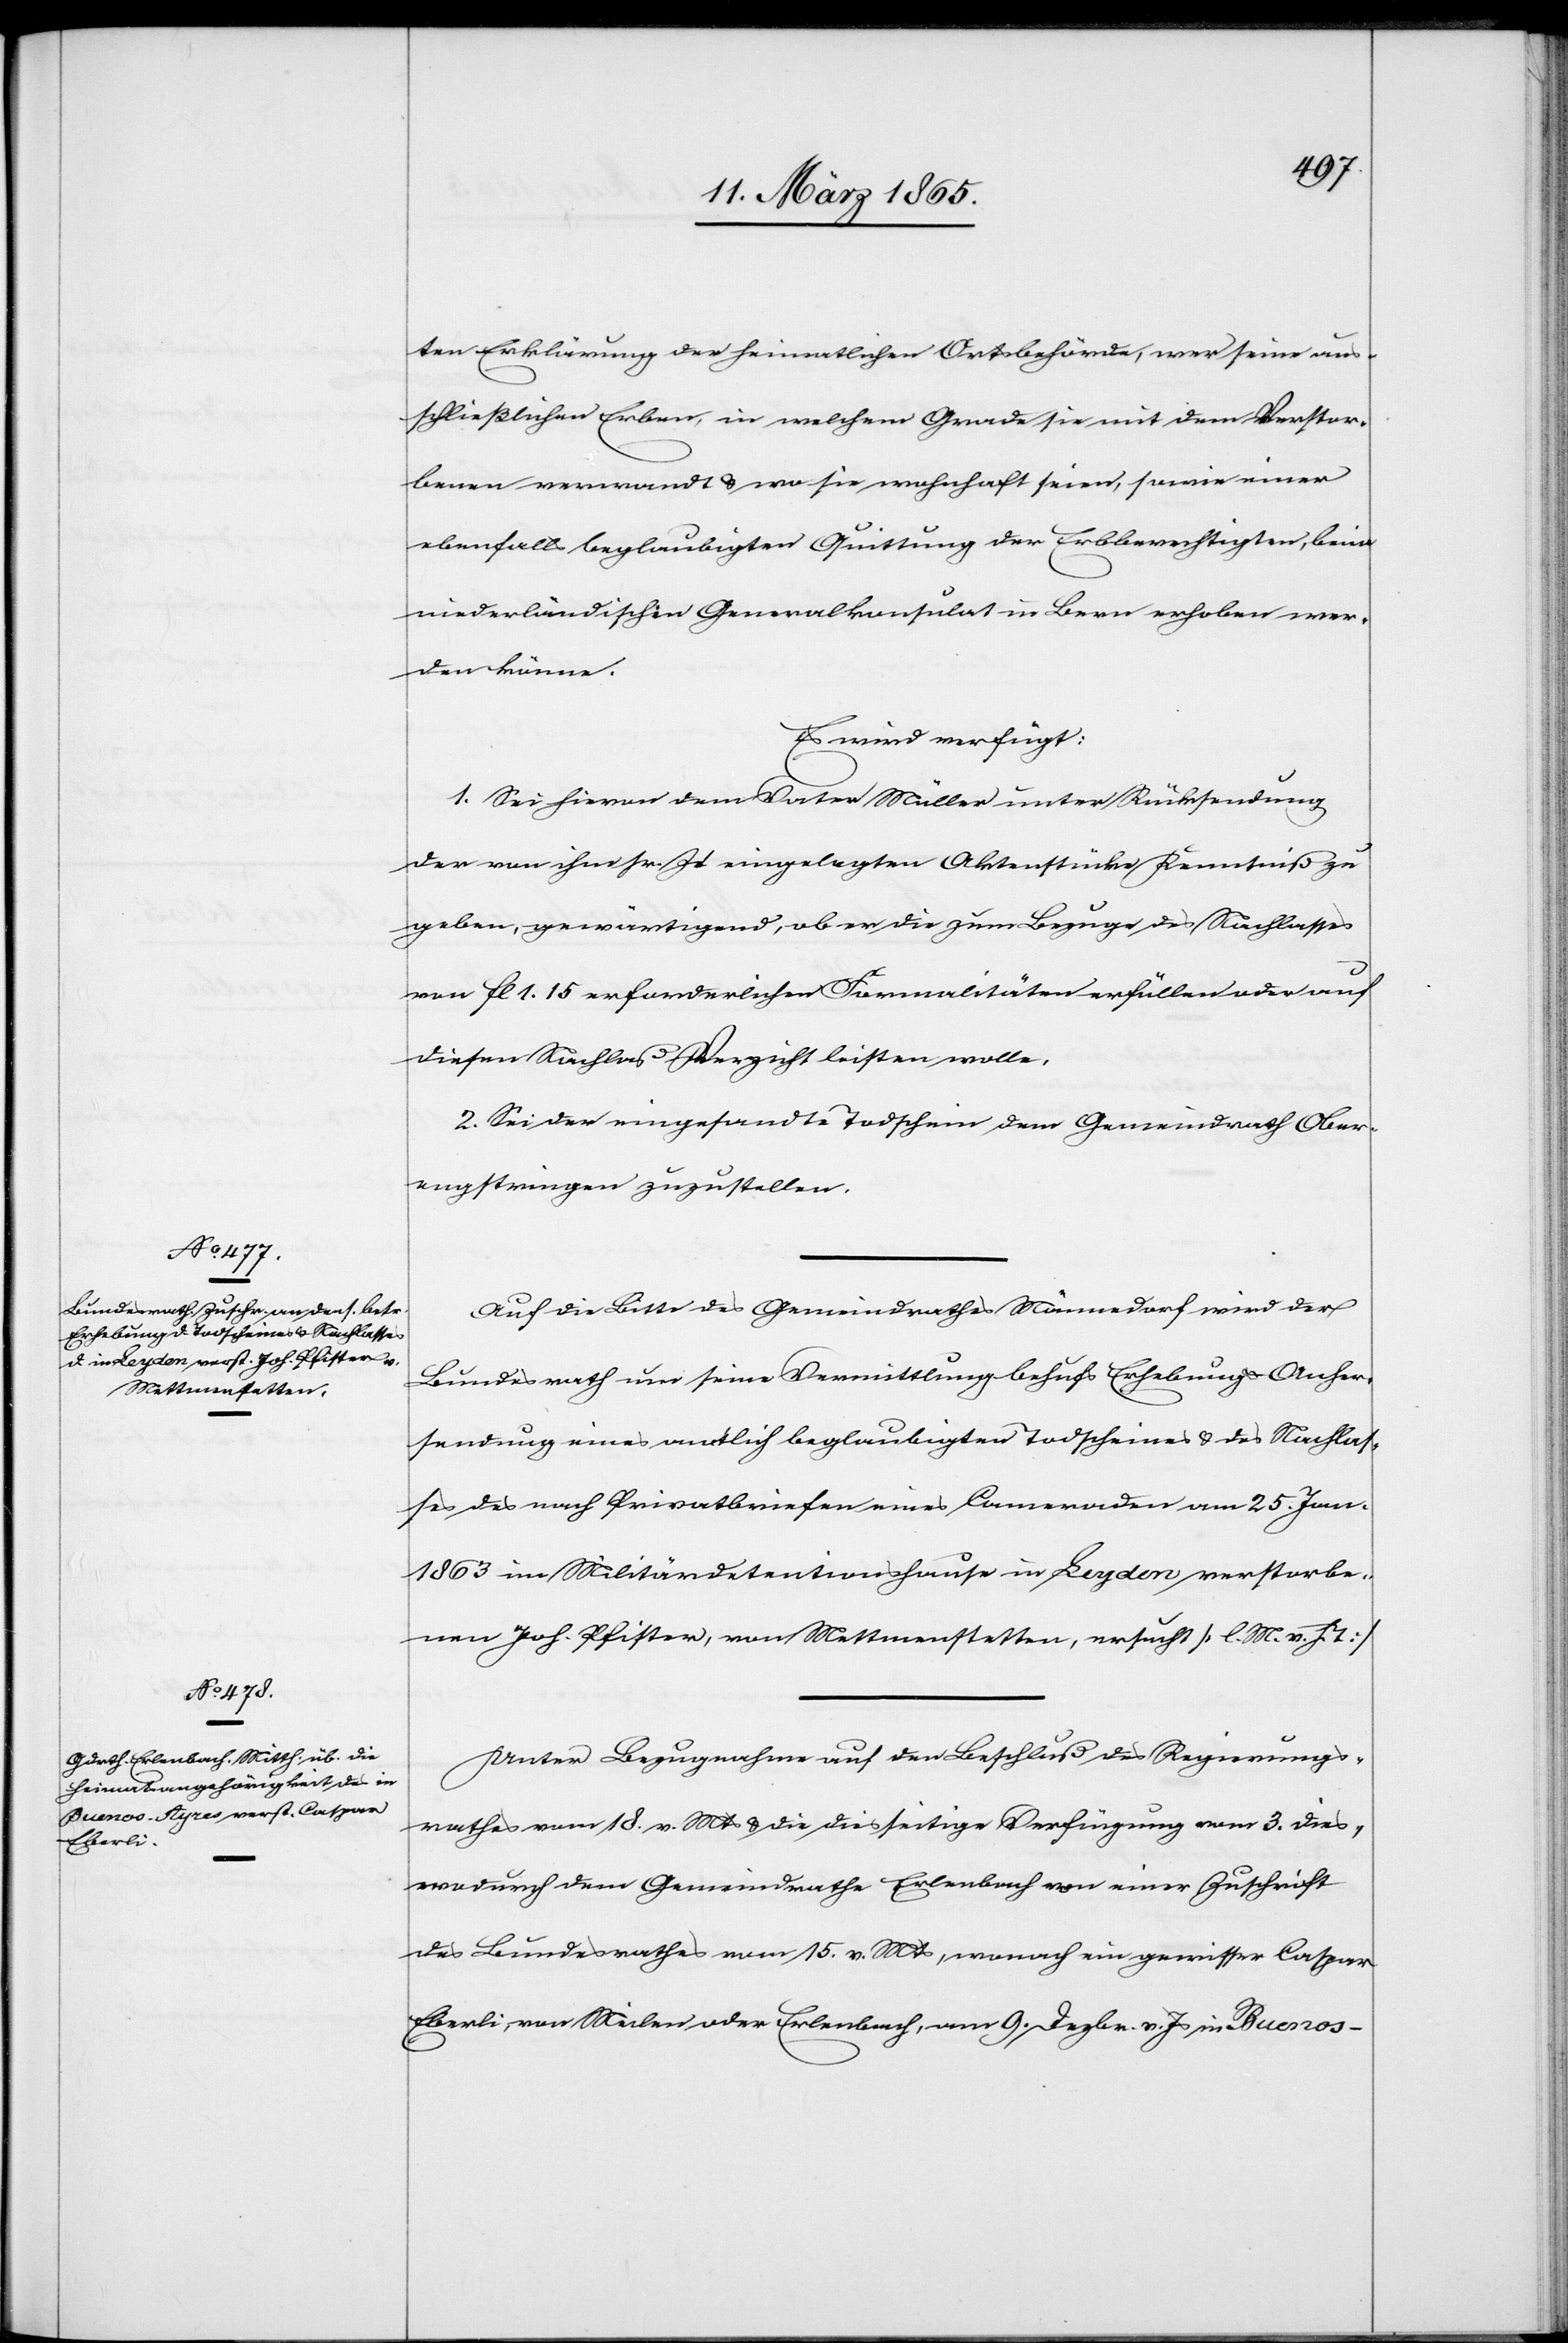
14. März 1865.]
ten Erklärung der heimatlichen Ortsbehörde, wer seine aus¬
schließlichen Erben, in welchem Grade sie mit dem Verstor¬
benen verwandt & wo sie wohnhaft seien, sowie einer
ebenfalls beglaubigten Quittung der Erbberechtigten, beim
niederländischen Generalkonsulat in Bern erhoben wer¬
den könne.
Es wird verfügt:
1. Sei hievon dem Vater Müller unter Rücksendung
der von ihm sr. Zt eingelegten Aktenstücke Kenntniß zu
geben, gewärtigend, ob er die zum Bezuge des Nachlasses
von fl 1. 15 erforderlichen Formalitäten erfüllen oder auf
diesen Nachlaß Verzicht leisten wolle.
2. Sei der eingesandte Todschein dem Gemeindrath Ober¬
engstringen zuzustellen.
Auf die Bitte des Gemeindrathes Männedorf wird der
Bundesrath um seine Vermittlung behufs Erhebung & Anher¬
sendung eines amtlich beglaubigten Todscheines & des Nachlas¬
ses des nach Privatbriefen eines Cameraden am 25. Jan.
1863 im Militärdetentionshause in Leyden verstorbe¬
nen Joh. Pfister, von Mettmenstetten, ersucht [l. M. v. h. T]
Unter Bezugnahme auf den Beschluß des Regierungs¬
rathes vom 18. v. Mts & die diesseitige Verfügung vom 3. dies,
wodurch dem Gemeindrathe Erlenbach von einer Zuschrift
des Bundesrathes vom 15. v. Mts, wonach ein gewisser Caspar
Eberli, von Meilen oder Erlenbach, am 9. Dezbr. v. Js in Buenos-